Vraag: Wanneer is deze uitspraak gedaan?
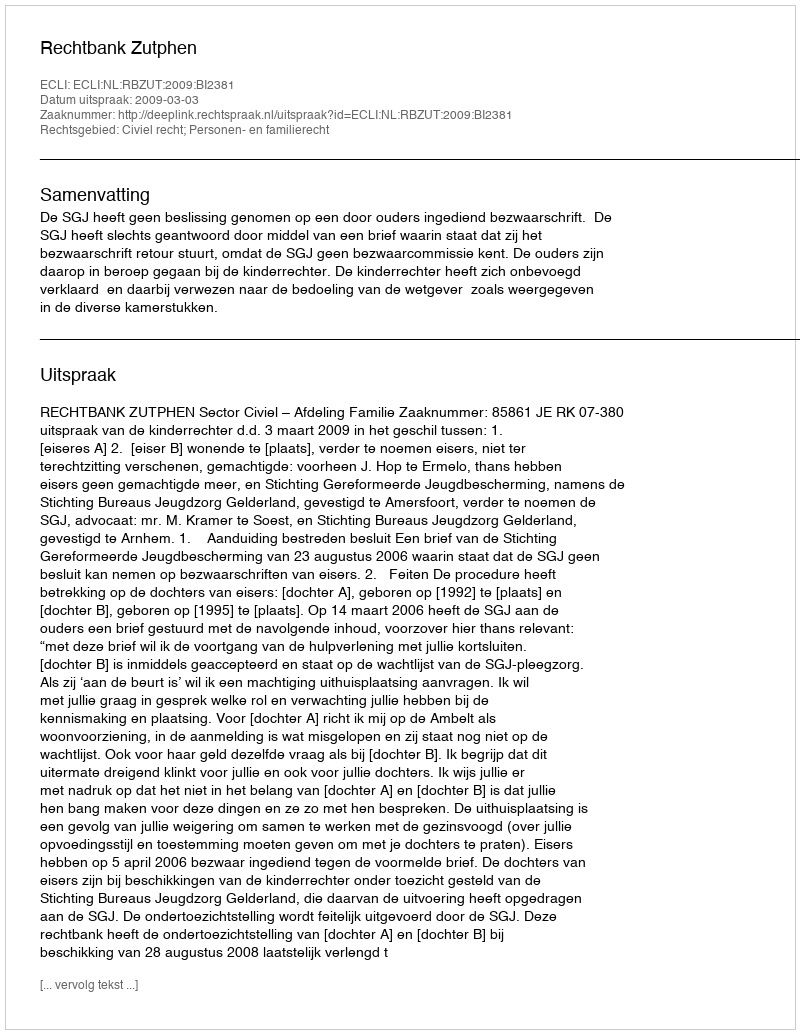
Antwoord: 2009-03-03